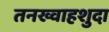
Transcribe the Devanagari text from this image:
तनख्वाहशुदा